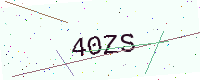
Text: 40ZS